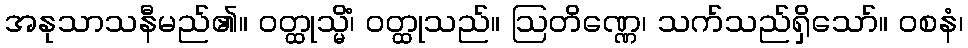
အနုသာသနီမည်၏။ ဝတ္ထုသ္မိံ၊ ဝတ္ထုသည်။ ဩတိဏ္ဏေ၊ သက်သည်ရှိသော်။ ဝစနံ၊